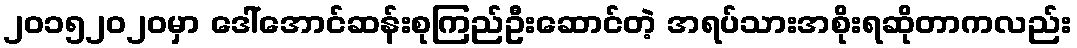
၂၀၁၅၂၀၂၀မှာ ဒေါ်အောင်ဆန်းစုကြည်ဦးဆောင်တဲ့ အရပ်သားအစိုးရဆိုတာကလည်း